Ranna_vallavalitsus, lk 84
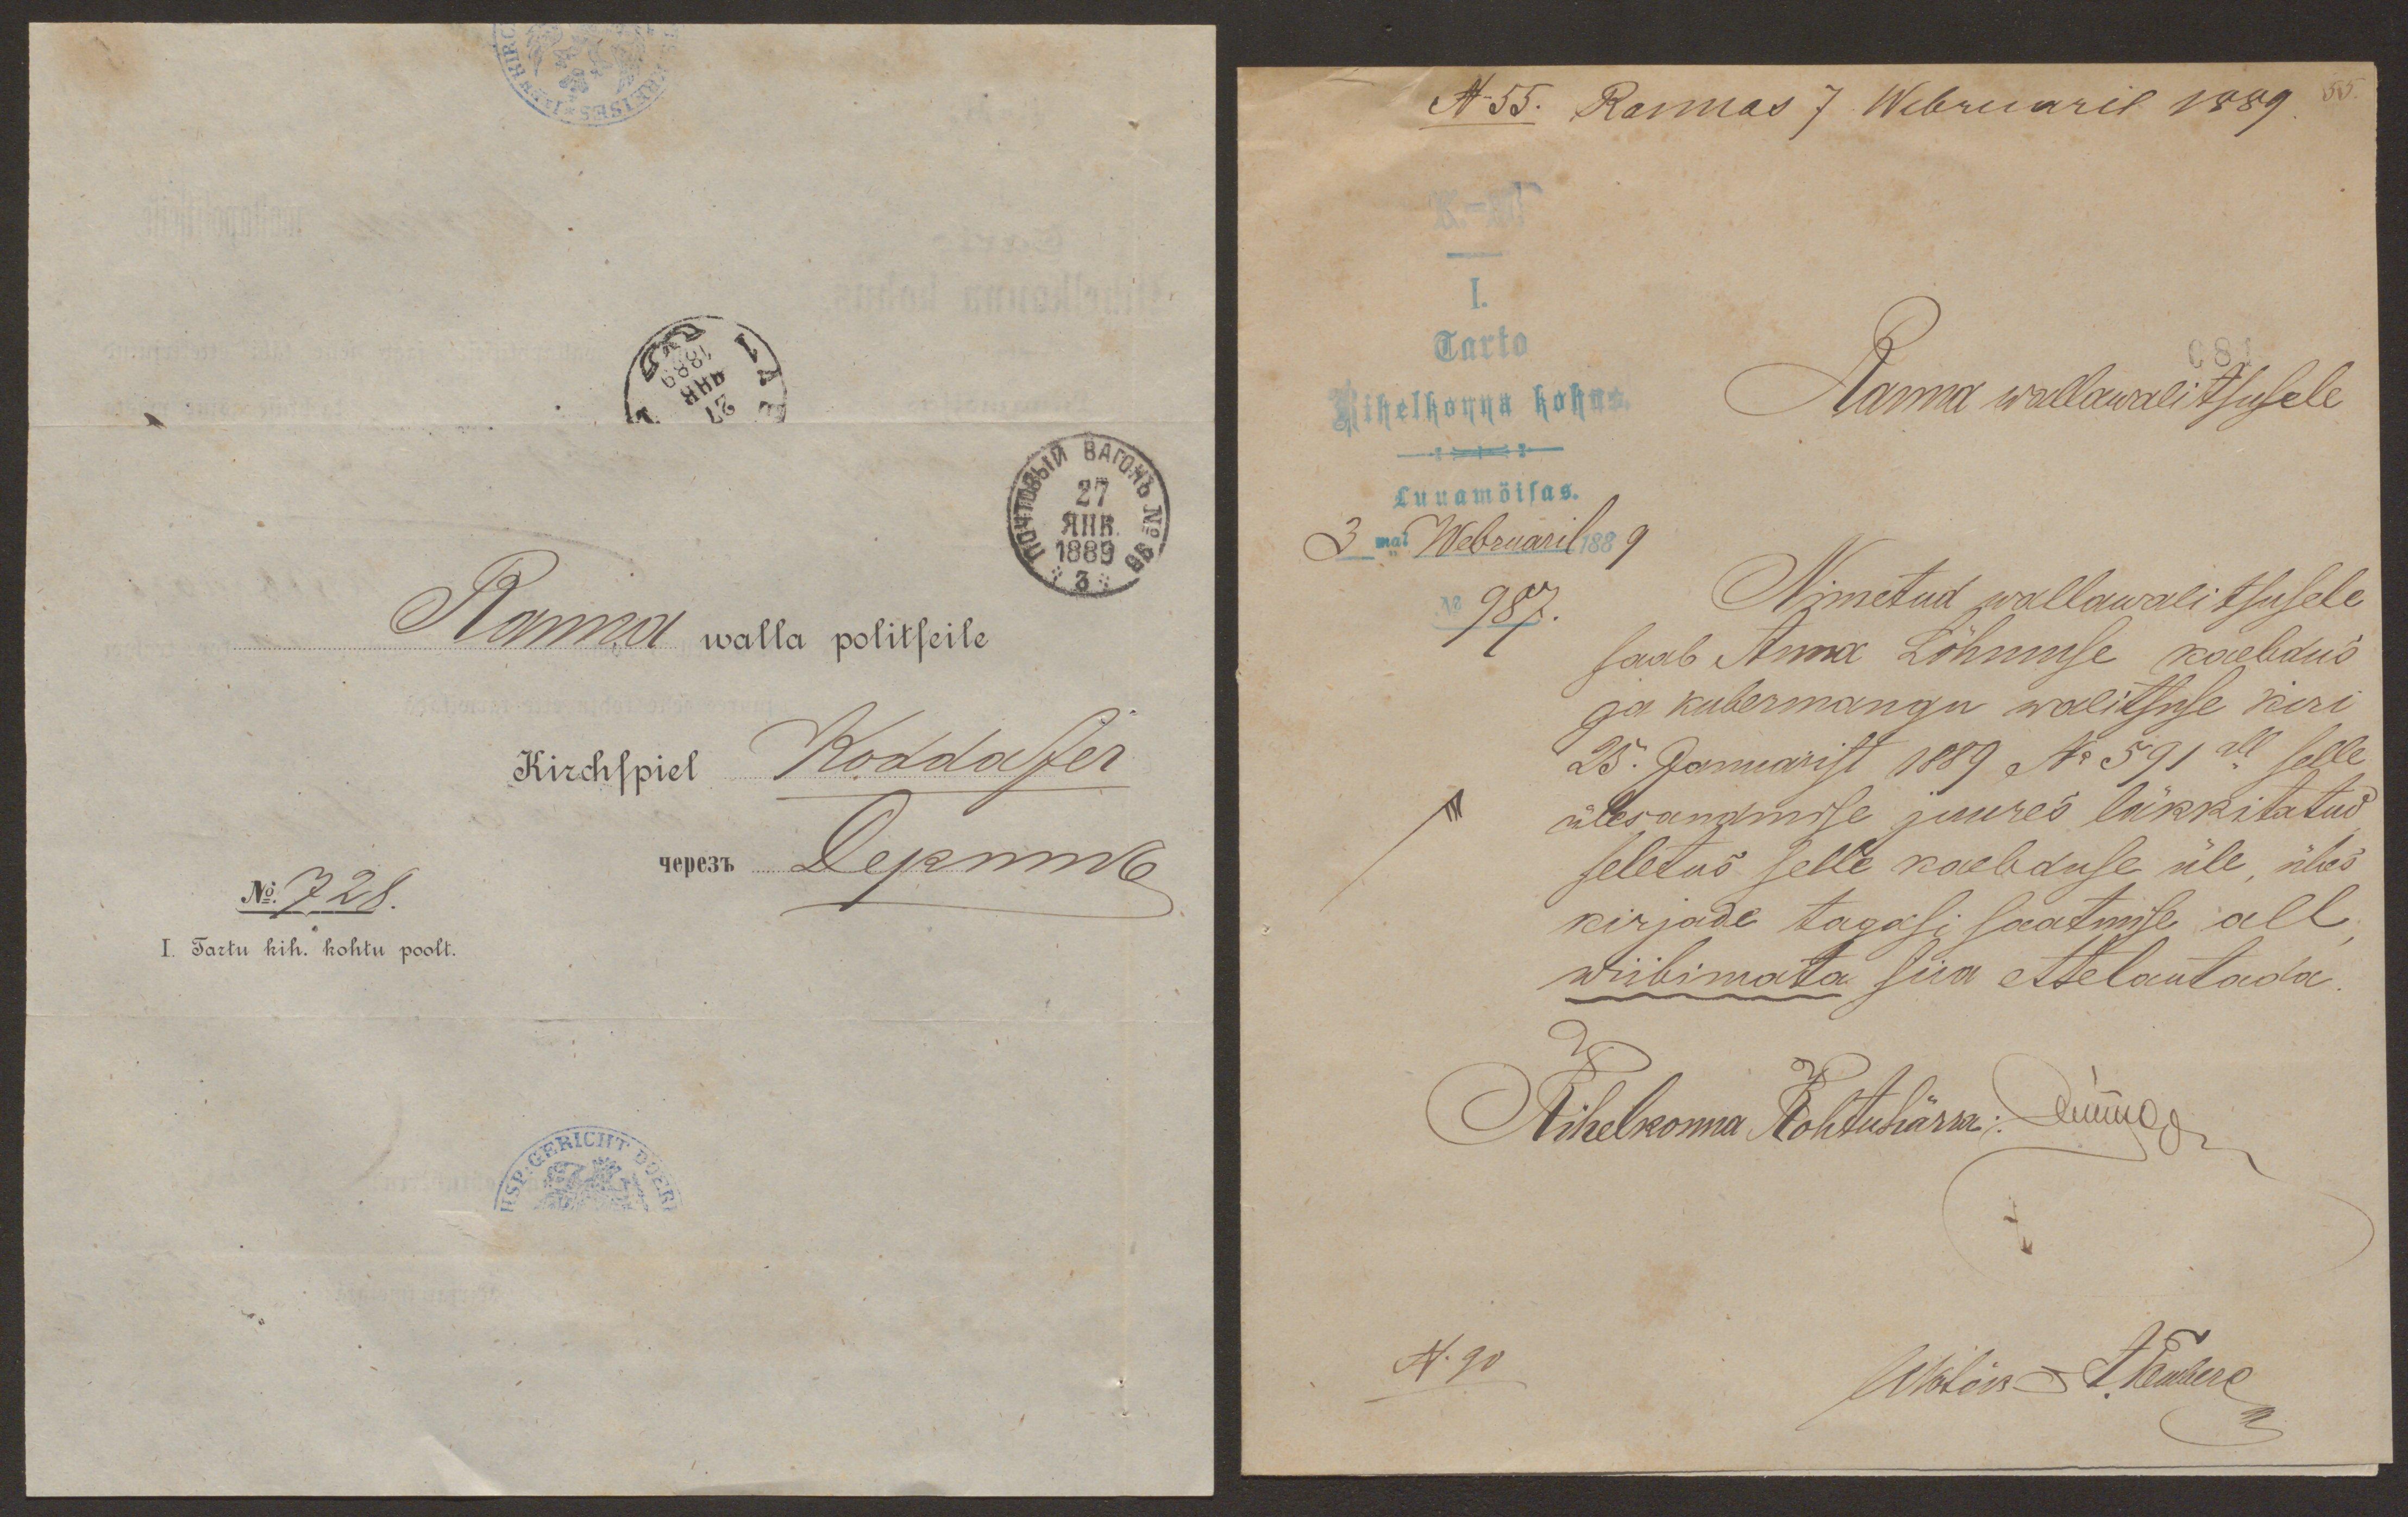
Ranna walla politseile
Kirchspiel
Koddafer
Уере331
Depnik
No.728
I Tartu kih. kohtu poolt.

I.
Tarto
Kihelkonna kohus
Ranna wallawalitsusele
Luuamõisas.
3mal Webruaril 1889 a
N 987.
Nimetud wallawalitsusele
saab Anna Lõhmuse kaebdus
ga kubermangu walitsuse kiri
25. Januarist 1889 No 591 all selle
ülesandmise juures läkkitatud
seletus selle kaebduse üle ühes
kirjade tagasi saatmise all.
wiibimata siia ettelautada
Kihelkonna Kohtuhärra: Luua
N.90
Watson J. Kimberg